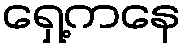
ရှေ့ကနေ